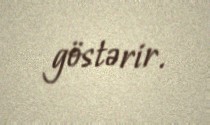
göstərir.